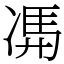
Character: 𠗦